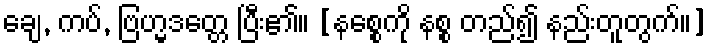
ချေ, ကပ်, ဗြဟ္မဒတ္တေ ပြီး၏။ [နစ္စေကို နစ္စ တည်၍ နည်းတူတွက်။]